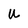
Character: U